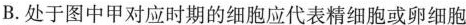
B.处于图中甲对应时期的细胞应代表精细胞或卵细胞